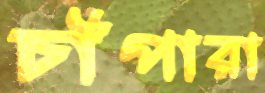
চাঁপারা